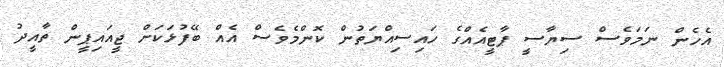
އެހެން ނަމަވެސް ސިޔާސީ ޕާޓީއެއްގެ ހައިސިއްޔަތުން ކޮންމެވެސް އެއް ބޭފުޅަކަށް ޖީއައިޕީން ތާއީދު